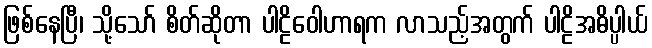
ဖြစ်နေပြီ၊ သို့သော် စိတ်ဆိုတာ ပါဠိဝေါဟာရက လာသည့်အတွက် ပါဠိအဓိပ္ပါယ်